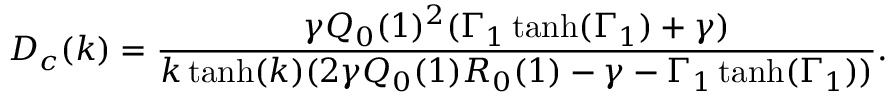
D _ { c } ( k ) = \frac { \gamma Q _ { 0 } ( 1 ) ^ { 2 } ( \Gamma _ { 1 } \operatorname { t a n h } ( \Gamma _ { 1 } ) + \gamma ) } { k \operatorname { t a n h } ( k ) ( 2 \gamma Q _ { 0 } ( 1 ) R _ { 0 } ( 1 ) - \gamma - \Gamma _ { 1 } \operatorname { t a n h } ( \Gamma _ { 1 } ) ) } .